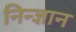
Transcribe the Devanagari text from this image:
निन्ज्ञान